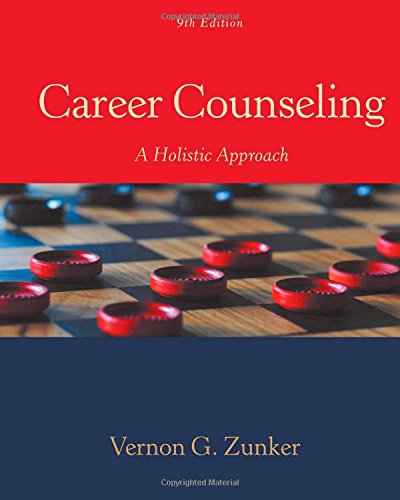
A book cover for Career Counseling: A Holistic Approach; Vernon G. Zunker; Education & Teaching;